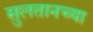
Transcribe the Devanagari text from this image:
सुलतानच्या